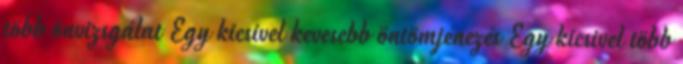
több önvizsgálat Egy kicsivel kevesebb öntömjénezés Egy kicsivel több